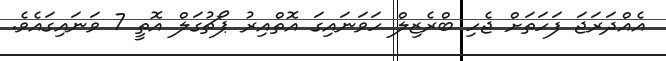
އެއްދަރަޖަ ފަހަތަށް ޖެހި ބްރެޒިލް ހަވަނައިގަ އޮތްއިރު ޕޯޗުގަލް އޮތީ 7 ވަނައިގައެވެ.